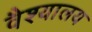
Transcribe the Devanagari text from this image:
वैश्यालय